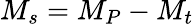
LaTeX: M_{s}=M_{P}-M_{t}